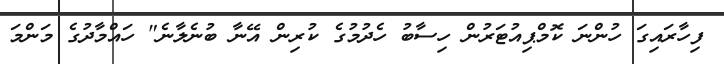
ފިހާރައިގަ ހުންނަ ކޮމްޕިއުޓަރުން ހިސާބު ހެދުމުގެ ކުރިން އޭނާ ބުނެލާނެ" ހައްމާދުގެ މަންމަ